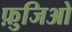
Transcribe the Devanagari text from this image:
फ़ुजिओ